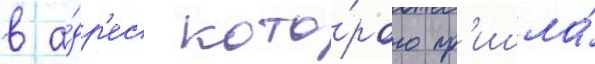
в а́др'ес кото́рого пр'ишла́